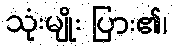
သုံးမျိုး ပြား၏၊